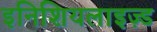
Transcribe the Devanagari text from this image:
इनिशियलाइज़्ड